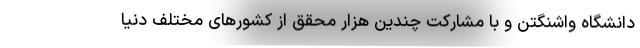
دانشگاه واشنگتن و با مشارکت چندین هزار محقق از کشورهای مختلف دنیا